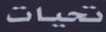
تحيات